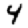
Digit: 4